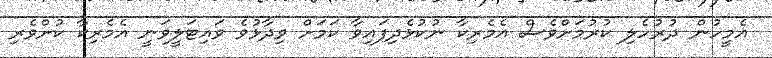
އެމީހުން ދުރުހެލި ކުރުމަށްވެސް އެމެރިކާ ނުކުޅެދިފައިވާ ކަމަށް ވިދާޅުވެ ވައިޓަލީވަނީ އެމެރިކާ ކުށްވެރި